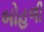
બોહળી